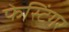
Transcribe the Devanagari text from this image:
फेस्टिंगर